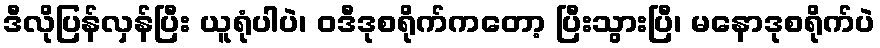
ဒီလိုပြန်လှန်ပြီး ယူရုံပါပဲ၊ ဝဒီဒုစရိုက်ကတော့ ပြီးသွားပြီ၊ မနောဒုစရိုက်ပဲ